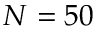
N = 5 0